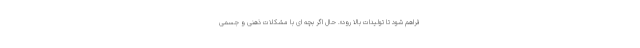
فراهم شود تا تولیدات بالا رود». حال اگر بچه ای با مشکلات ذهنی و جسمی